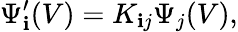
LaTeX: \Psi_{\mathbf{i}}^{\prime}(V)=K_{\mathbf{i}j}{\Psi}_{j}(V),